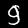
Digit: 9